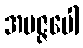
အမဇ္ဇပေါ